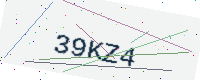
Text: 39KZ4